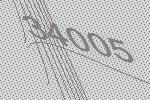
34005